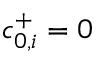
c _ { 0 , i } ^ { + } = 0